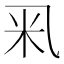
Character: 𥸦